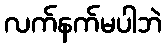
လက်နက်မပါဘဲ